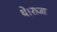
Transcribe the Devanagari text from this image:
थे।राजा